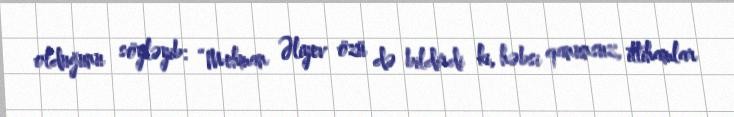
olduğunu söyləyib: “Mehman Əliyev özü də bildirdi ki, həbsi qanunsuz, ittihamlar